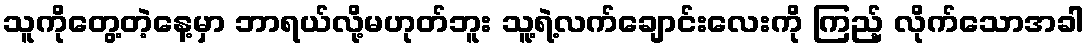
သူကိုတွေ့တဲ့နေ့မှာ ဘာရယ်လို့မဟုတ်ဘူး သူ့ရဲ့လက်ချောင်းလေးကို ကြည့် လိုက်သောအခါ